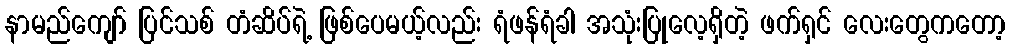
နာမည်ကျော် ပြင်သစ် တံဆိပ်ရဲ့ ဖြစ်ပေမယ့်လည်း ရံဖန်ရံခါ အသုံးပြုလေ့ရှိတဲ့ ဖက်ရှင် လေးတွေကတော့